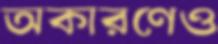
অকারণেও